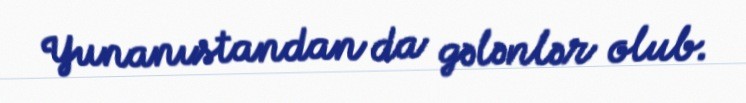
Yunanıstandan da gələnlər olub.